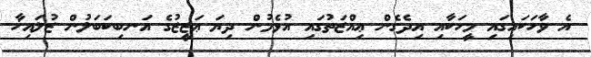
އެ ވާހަކައިގައި މީހަކާއި އިދެގެން ޢިއްޒަތުގައި އުޅެމުން ދިޔަ ޢަޒީޒުގެ އަނބިކަބަލުން ޒުލައިޚާ